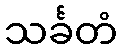
သင်္ခတံ